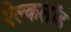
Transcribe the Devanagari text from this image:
ऐल्कलॉड